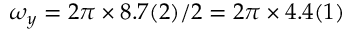
\omega _ { y } = 2 \pi \times 8 . 7 ( 2 ) / 2 = 2 \pi \times 4 . 4 ( 1 )